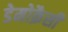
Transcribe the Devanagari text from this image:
डेमोक्रैसी